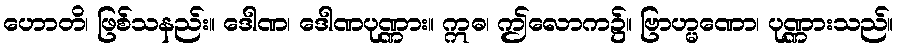
ဟောတိ၊ ဖြစ်သနည်း။ ဒေါဏ၊ ဒေါဏပုဏ္ဏား။ ဣဓ၊ ဤလောက၌။ ဗြာဟ္မဏော၊ ပုဏ္ဏားသည်။